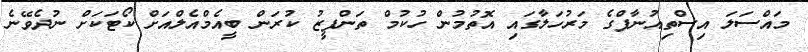
މައްސަލަ އިސްތިއުނާފްގެ މަރުހަލާގައި އޮތުމުން ހުކުމް ތަންފީޒު ކުރަން ބީއެމްއެލްއަށް ކޯޓަކަށް ނުދެވޭނެ